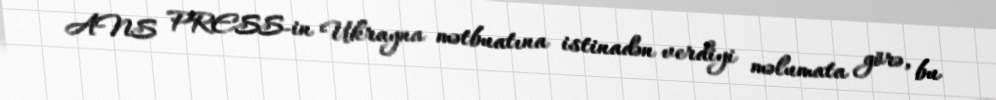
ANS PRESS-in Ukrayna mətbuatına istinadən verdiyi məlumata görə, bu